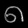
Digit: ၈